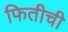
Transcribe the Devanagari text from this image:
फितीची